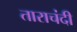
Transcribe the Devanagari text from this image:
ताराचंदी